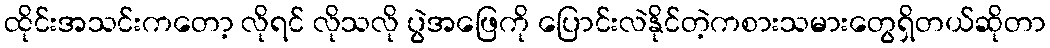
ထိုင်းအသင်းကတော့ လိုရင် လိုသလို ပွဲအဖြေကို ပြောင်းလဲနိုင်တဲ့ကစားသမားတွေရှိတယ်ဆိုတာ